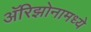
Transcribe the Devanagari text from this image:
अॅरिझोनामध्ये